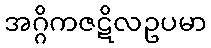
အဂ္ဂိကဇဋိလဥပမာ